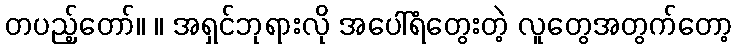
တပည့်တော်။ ။ အရှင်ဘုရားလို အပေါ်ရံတွေးတဲ့ လူတွေအတွက်တော့